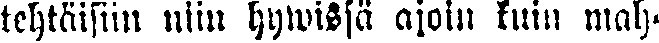
tehtäisiin niin hywissä aioin kuin mah-